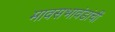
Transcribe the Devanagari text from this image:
मावसभावंडांचीं